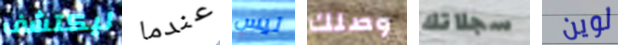
ليكتشف عندما ليس وصلك سجلاتك لوين